Civil Veterinary Department. Central Provinces & Berar 1925-31 - 1925-1931
Year: 1925
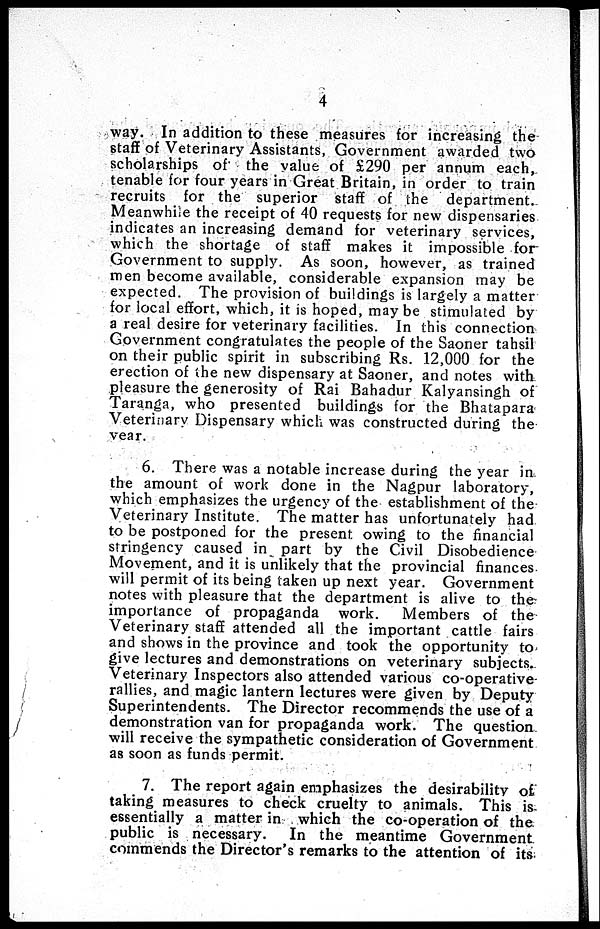
4
way. In addition to these measures for increasing the
staff of Veterinary Assistants, Government awarded two
scholarships of the value of £290 per annum each,
tenable for four years in Great Britain, in order to train
recruits for the superior staff of the department.
Meanwhile the receipt of 40 requests for new dispensaries
indicates an increasing demand for veterinary services,
which the shortage of staff makes it impossible for
Government to supply. As soon, however, as trained
men become available, considerable expansion may be
expected. The provision of buildings is largely a matter
for local effort, which, it is hoped, may be stimulated by
a real desire for veterinary facilities. In this connection
Government congratulates the people of the Saoner tahsil
on their public spirit in subscribing Rs. 12,000 for the
erection of the new dispensary at Saoner, and notes with
pleasure the generosity of Rai Bahadur Kalyansingh of
Taranga, who presented buildings for the Bhatapara
Veterinary Dispensary which was constructed during the
year.
6. There was a notable increase during the year in
the amount of work done in the Nagpur laboratory,
which emphasizes the urgency of the establishment of the
Veterinary Institute. The matter has unfortunately had
to be postponed for the present owing to the financial
stringency caused in part by the Civil Disobedience
Movement, and it is unlikely that the provincial finances
will permit of its being taken up next year. Government
notes with pleasure that the department is alive to the
importance of propaganda work. Members of the
Veterinary staff attended all the important cattle fairs
and shows in the province and took the opportunity to
give lectures and demonstrations on veterinary subjects.
Veterinary Inspectors also attended various co-operative
rallies, and magic lantern lectures were given by Deputy
Superintendents. The Director recommends the use of a
demonstration van for propaganda work. The question
will receive the sympathetic consideration of Government
as soon as funds permit.
7. The report again emphasizes the desirability of
taking measures to check cruelty to animals. This is
essentially a matter in which the co-operation of the
public is necessary.
In the meantime Government
commends the Director's remarks to the attention of its